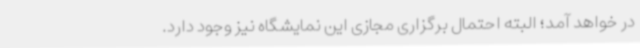
در خواهد آمد؛ البته احتمال برگزاری مجازی این نمایشگاه نیز وجود دارد.